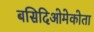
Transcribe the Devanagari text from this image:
बसिदिओमेकोता